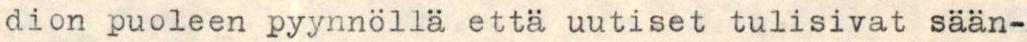
dion puoleen pyynnöllä että uutiset tulisivat sään-